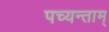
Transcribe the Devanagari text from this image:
पच्यन्ताम्‌